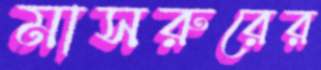
মাসরুরের